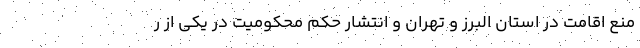
منع اقامت در استان البرز و تهران و انتشار حکم محکومیت در یکی از ر